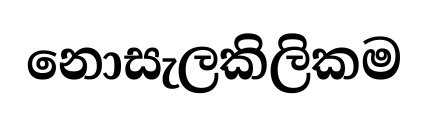
නොසැලකිලිකම